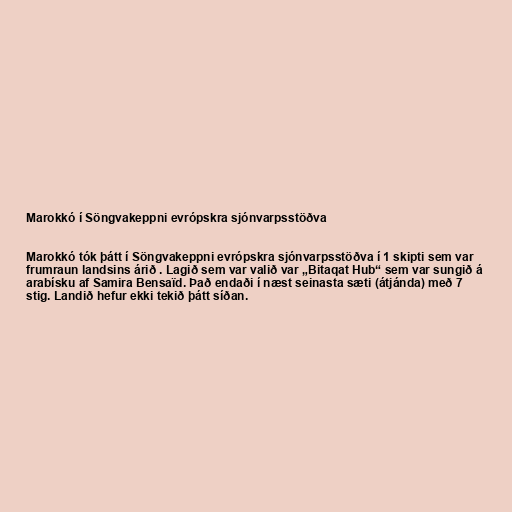
Marokkó í Söngvakeppni evrópskra sjónvarpsstöðva

Marokkó tók þátt í Söngvakeppni evrópskra sjónvarpsstöðva í 1 skipti sem var
frumraun landsins árið . Lagið sem var valið var „Bitaqat Hub“ sem var sungið á
arabísku af Samira Bensaïd. Það endaði í næst seinasta sæti (átjánda) með 7
stig. Landið hefur ekki tekið þátt síðan.